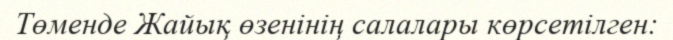
Төменде Жайық өзенінің салалары көрсетілген: